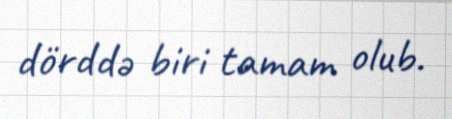
dörddə biri tamam olub.